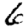
Digit: 6